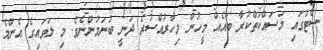
ސެޓުގައި މަސައްކަތްކުރާ ބައެއް މީހުން މިހާރުއްސުރެ ދަނީ ބުނަމުންނެވެ. މި ލަވައިގެ އެންމެ